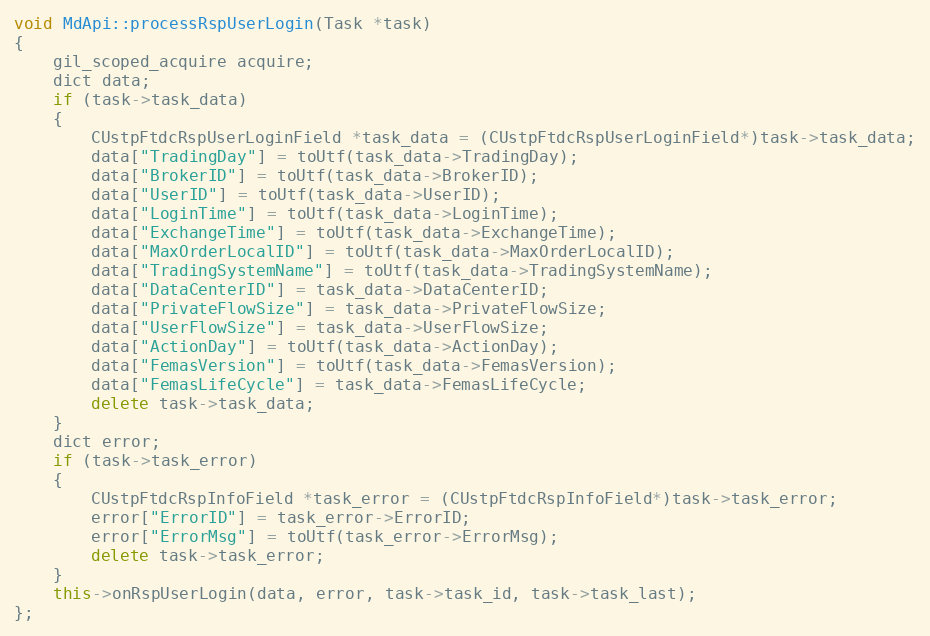
Language: C++
void MdApi::processRspUserLogin(Task *task)
{
	gil_scoped_acquire acquire;
	dict data;
	if (task->task_data)
	{
		CUstpFtdcRspUserLoginField *task_data = (CUstpFtdcRspUserLoginField*)task->task_data;
		data["TradingDay"] = toUtf(task_data->TradingDay);
		data["BrokerID"] = toUtf(task_data->BrokerID);
		data["UserID"] = toUtf(task_data->UserID);
		data["LoginTime"] = toUtf(task_data->LoginTime);
		data["ExchangeTime"] = toUtf(task_data->ExchangeTime);
		data["MaxOrderLocalID"] = toUtf(task_data->MaxOrderLocalID);
		data["TradingSystemName"] = toUtf(task_data->TradingSystemName);
		data["DataCenterID"] = task_data->DataCenterID;
		data["PrivateFlowSize"] = task_data->PrivateFlowSize;
		data["UserFlowSize"] = task_data->UserFlowSize;
		data["ActionDay"] = toUtf(task_data->ActionDay);
		data["FemasVersion"] = toUtf(task_data->FemasVersion);
		data["FemasLifeCycle"] = task_data->FemasLifeCycle;
		delete task->task_data;
	}
	dict error;
	if (task->task_error)
	{
		CUstpFtdcRspInfoField *task_error = (CUstpFtdcRspInfoField*)task->task_error;
		error["ErrorID"] = task_error->ErrorID;
		error["ErrorMsg"] = toUtf(task_error->ErrorMsg);
		delete task->task_error;
	}
	this->onRspUserLogin(data, error, task->task_id, task->task_last);
};